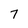
Character: 7